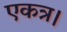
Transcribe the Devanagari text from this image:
एकत्र।